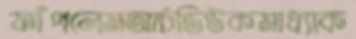
ফাঁপলেমআর্চডিউকমাধ্যাক